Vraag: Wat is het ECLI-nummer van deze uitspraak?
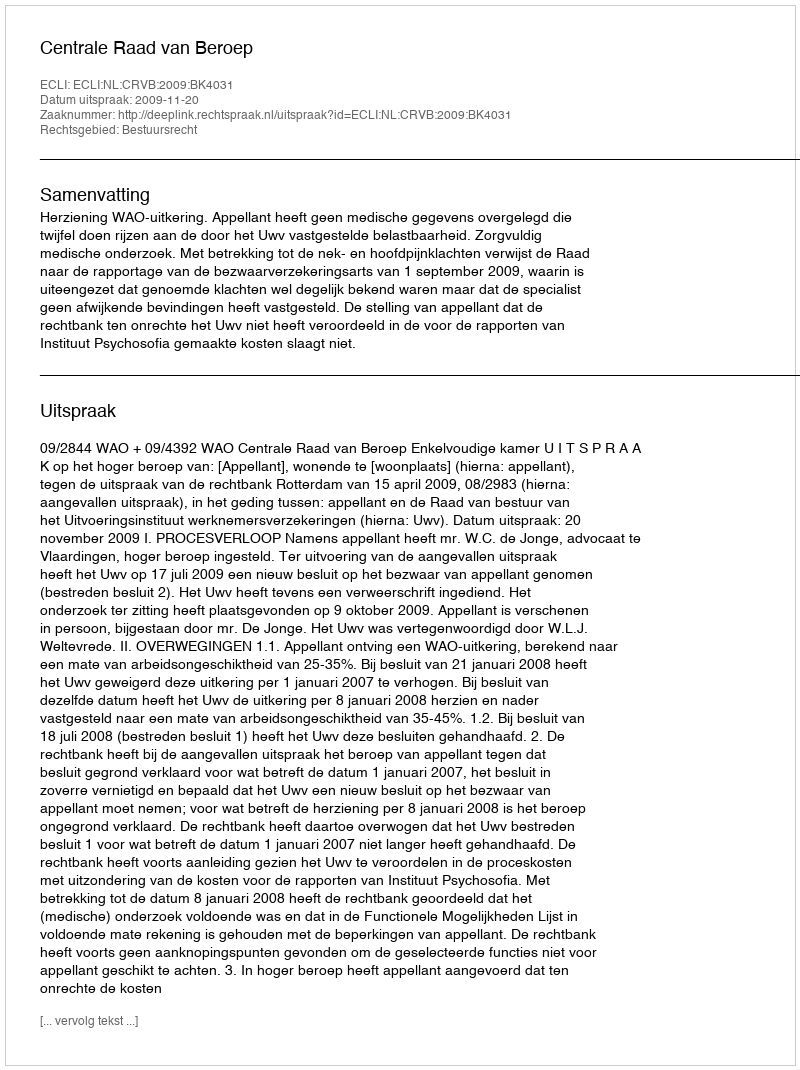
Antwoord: ECLI:NL:CRVB:2009:BK4031